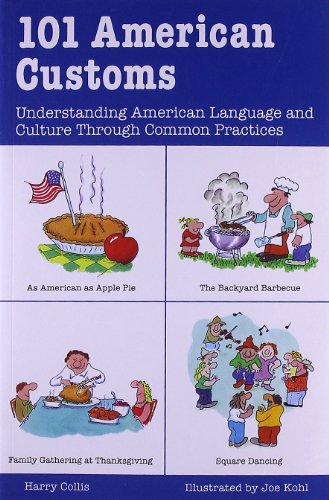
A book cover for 101 American Customs : Understanding Language and Culture Through Common Practices; Harry Collis; Reference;